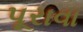
પૂરાવા